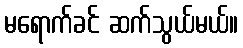
မရောက်ခင် ဆက်သွယ်မယ်။